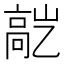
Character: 𬴕